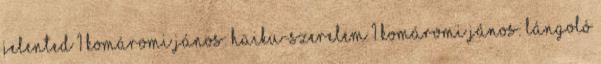
jelented 1 Komáromi János: Haiku-szerelem 1 Komáromi János: Lángoló